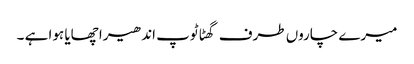
میرے چاروں طرف گھٹا ٹوپ اندھیرا چھایا ہوا ہے ۔